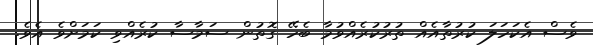
ވެސް އެކަހަލަ ކުރުތާއެއް ތުރުކުރެއްވުމާ ބެހޭ ގޮތުން ސަމާސާ ކުރެއްވި ކަމަށްވެ އެވެ.